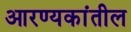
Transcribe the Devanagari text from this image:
आरण्यकांतील